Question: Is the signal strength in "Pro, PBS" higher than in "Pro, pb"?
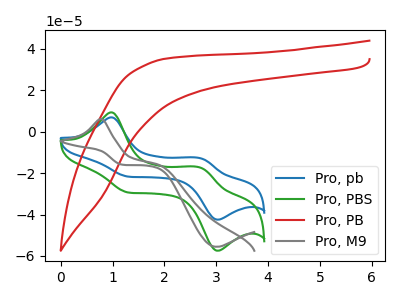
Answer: <think>The blue curve "Pro, pb" has anodic peaks at (1.00V, 6.80uA) (2.70V, -12.80uA) and cathodic peaks at (1.30V, -21.80uA) (3.00V, -42.50uA). The green curve "Pro, PBS" has anodic peaks at (1.00V, 9.25uA) (2.70V, -17.35uA) and cathodic peaks at (1.30V, -29.45uA) (3.00V, -57.45uA). The red curve "Pro, PB" has no peaks. The gray curve "Pro, M9" has an anodic peak at (0.80V, 6.00uA) and a cathodic peak at (3.00V, -55.60uA).
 All the peaks in "Pro, PBS" have a peak in "Pro, pb" at the same potential.</think>
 <answer>I cant tell if "Pro, PBS" or "Pro, pb" has more signal.</answer>
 <eval>mixed_signal</eval>